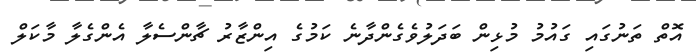
އޮތް ތަނުގައި ގައުމު މުޅިން ބަދަލުވެގެންދާނެ ކަމުގެ އިންޒާރު ޗާންސެލާ އެންގެލާ މާކަލް